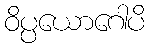
ဝိပ္ပယောဂေါပိ